Plague in India, 1896, 1897 - Volume 3
Year: 1896
Disease focus: Plague
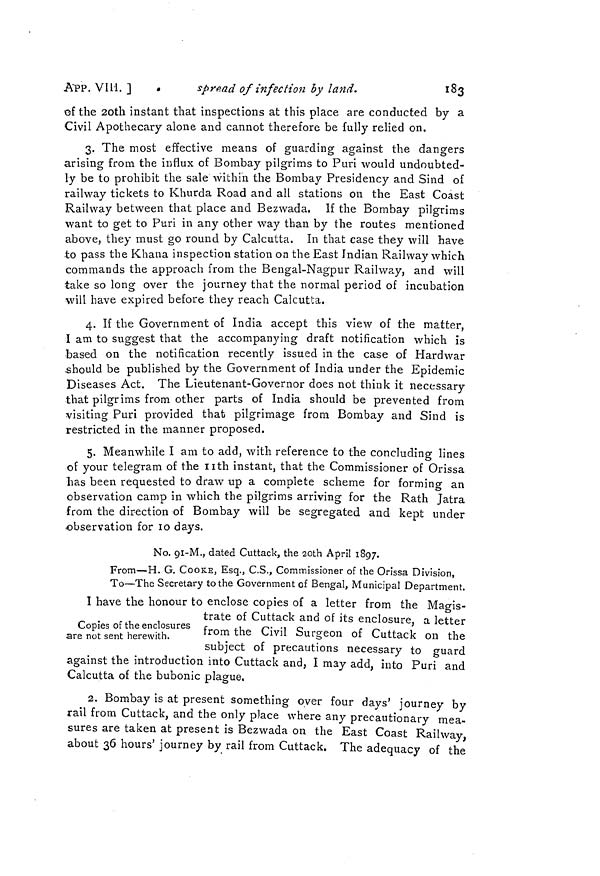
APP. VIII. ]
spread of infection by land.
183
of the 20th instant that inspections at this place are conducted by a
Civil Apothecary alone and cannot therefore be fully relied on.
3. The most effective means of guarding against the dangers
arising from the influx of Bombay pilgrims to Puri would undoubted-
ly be to prohibit the sale within the Bombay Presidency and Sind of
railway tickets to Khurda Road and all stations on the East Coast
Railway between that place and Bezwada, If the Bombay pilgrims
want to get to Puri in any other way than by the routes mentioned
above, they must go round by Calcutta. In that case they will have
to pass the Khana inspection station on the East Indian Railway which
commands the approach from the Bengal-Nagpur Railway, and will
take so long over the journey that the normal period of incubation
will have expired before they reach Calcutta.
4. If the Government of India accept this view of the matter,
I am to suggest that the accompanying draft notification which is
based on the notification recently issued in the case of Hardwar
should be published by the Government of India under the Epidemic
Diseases Act. The Lieutenant-Governor does not think it necessary
that pilgrims from other parts of India should be prevented from
visiting Puri provided that pilgrimage from Bombay and Sind is
restricted in the manner proposed.
5. Meanwhile I am to add, with reference to the concluding lines
of your telegram of the 11th instant, that the Commissioner of Orissa
has been requested to draw up a complete scheme for forming an
observation camp in which the pilgrims arriving for the Rath Jatra
from the direction of Bombay will be segregated and kept under
observation for 10 days.
No. 91-M., dated Cuttack, the 20th April 1897.
From—H. G. COOKE, Esq., C.S., Commissioner of the Orissa Division,
To—The Secretary to the Government of Bengal, Municipal Department.
I have the honour to enclose copies of a letter from the Magis-
Copies of the enclosures
are not sent herewith.
trate of Cuttack and of its enclosure, a letter
from the Civil Surgeon of Cuttack on the
subject of precautions necessary to guard
against the introduction into Luttack and, I may add, into Puri and
Calcutta of the bubonic plague,
2. Bombay is at present something over four days' journey by
rail from Cuttack, and the only place where any precautionary mea-
sures are taken at present is Bezwada on the East Coast Railway
about 36 hours' journey by rail from Cuttack. The adequacy of the'